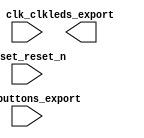

module nios_system_inst (
	clk_clk,
	leds_export,
	pushbuttons_export,
	reset_reset_n);	

	input		clk_clk;
	output	[7:0]	leds_export;
	input		pushbuttons_export;
	input		reset_reset_n;
endmodule